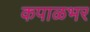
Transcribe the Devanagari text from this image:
कपाळभर